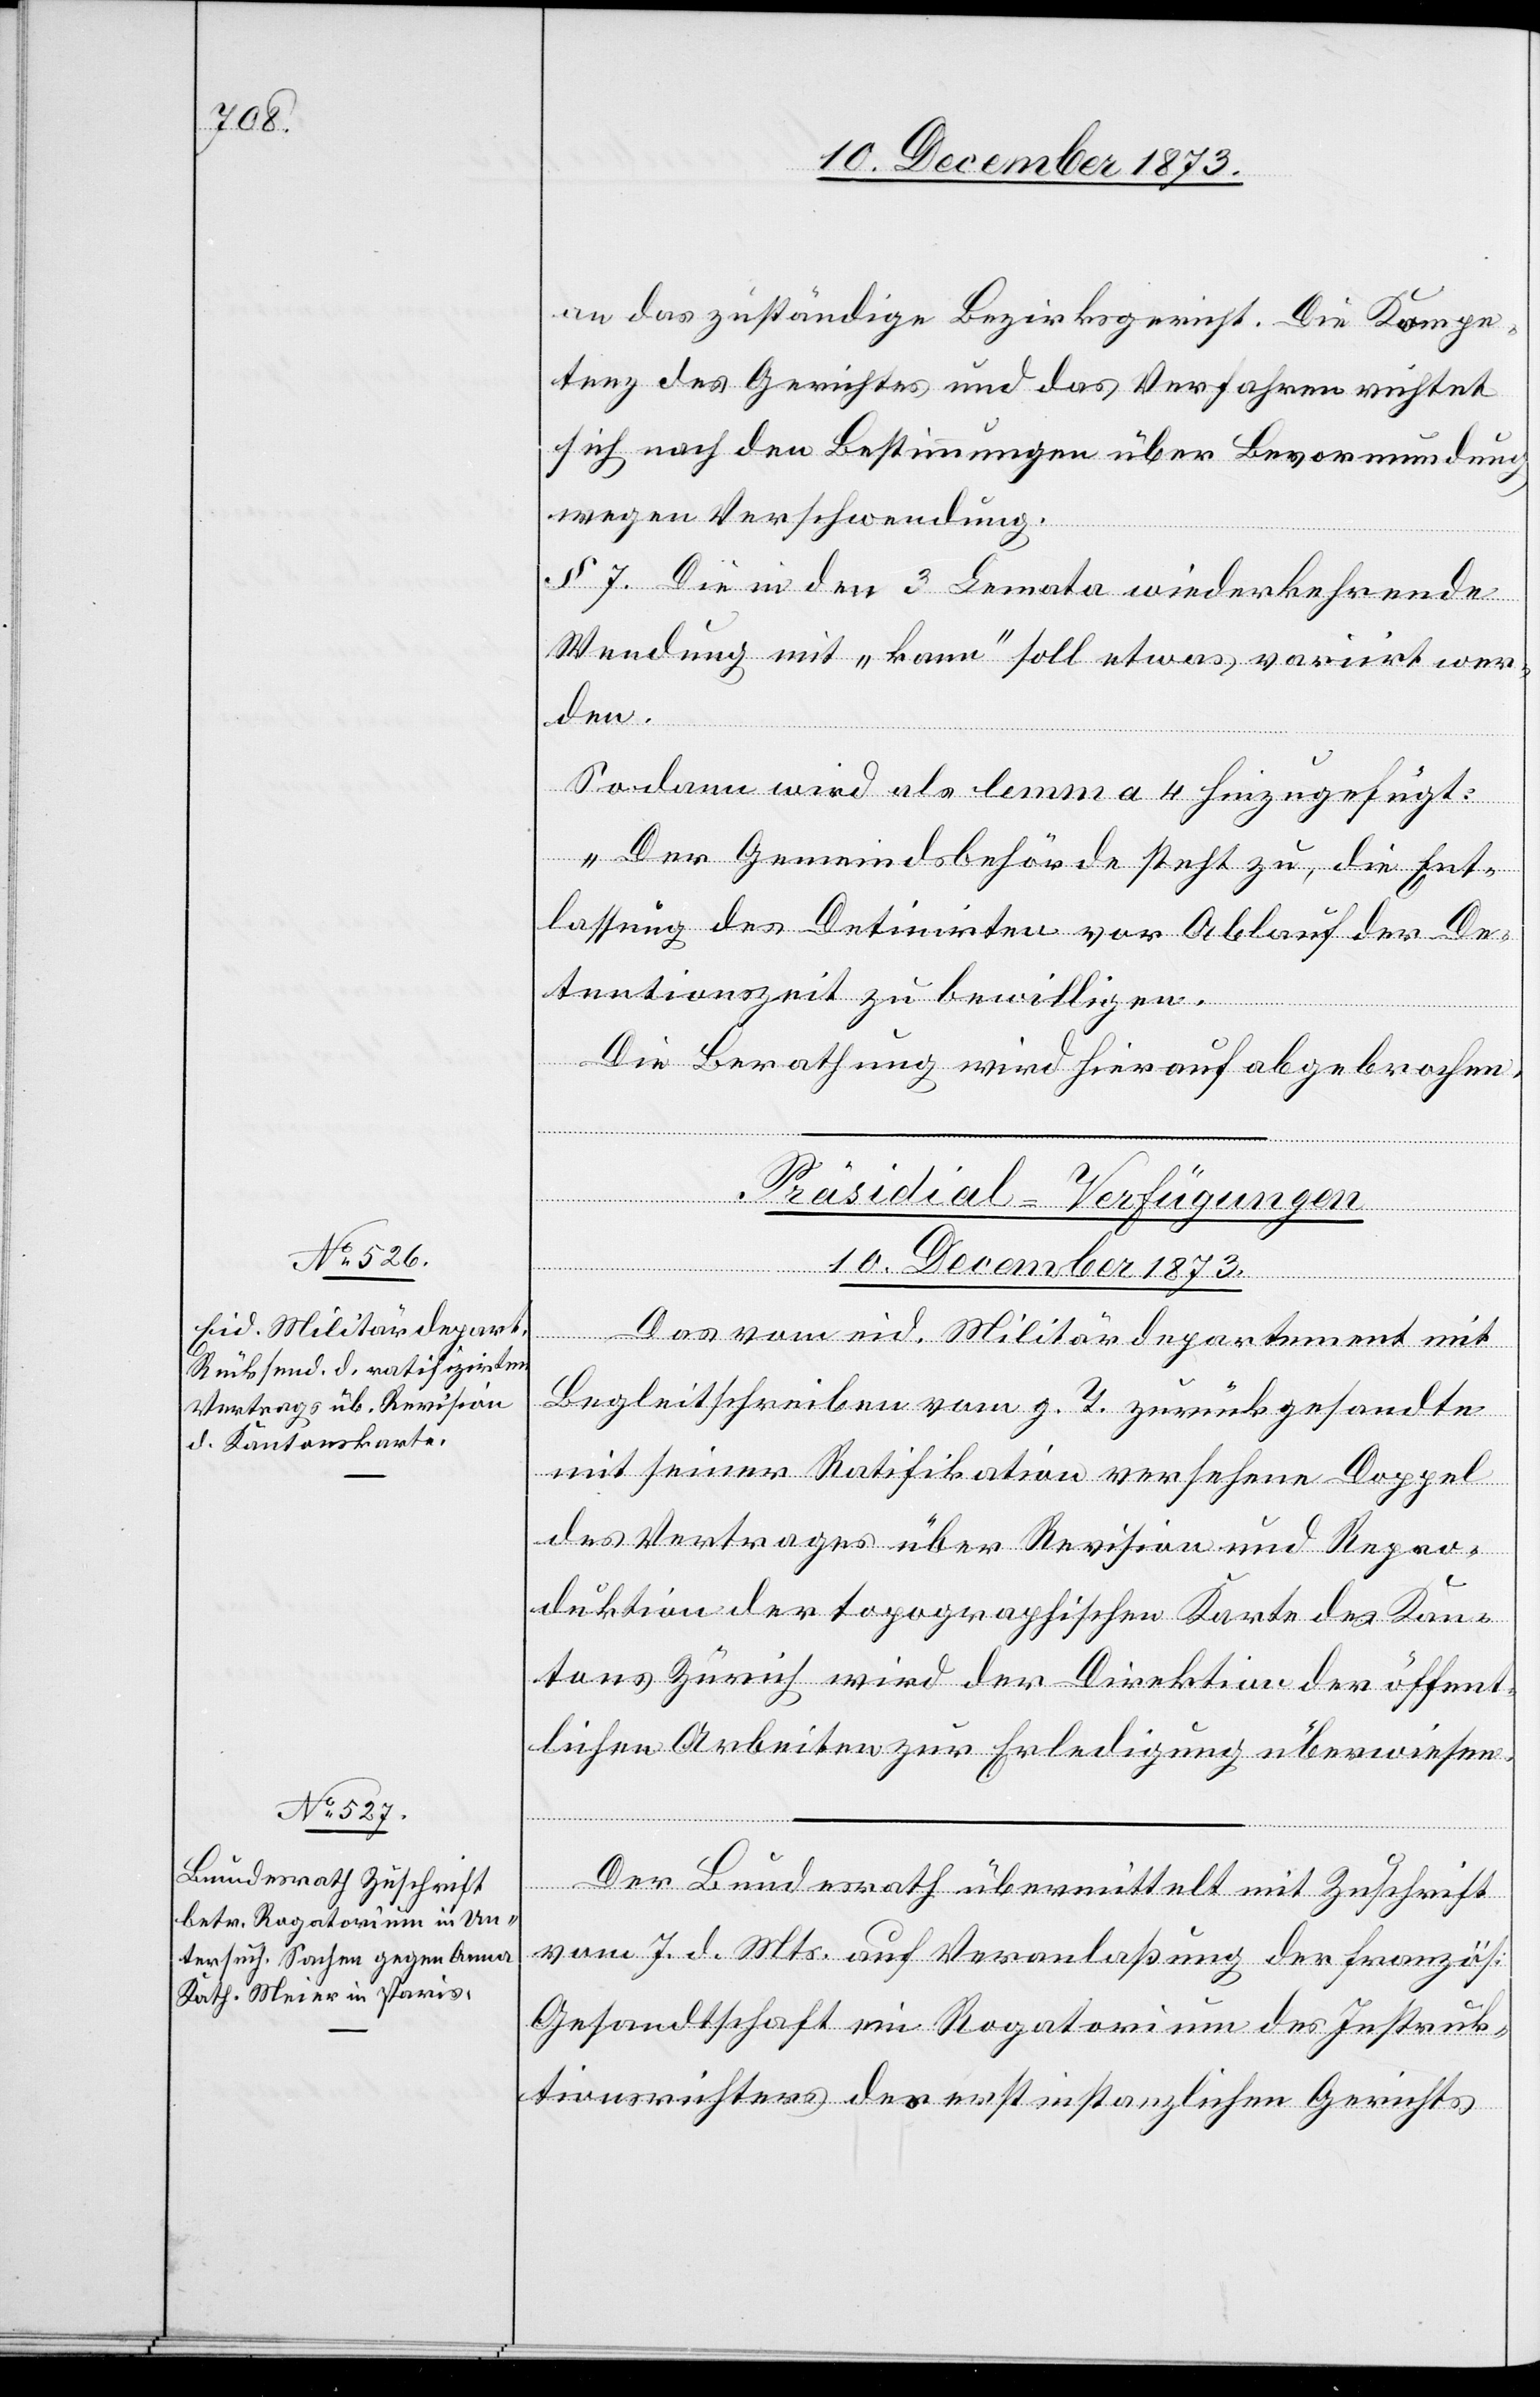
10. December 1873.]
an das zuständige Bezirksgericht. Die Kompe¬
tenz des Gerichtes und das Verfahren richtet
sich nach den Bestimmungen über Bevormundung
wegen Verschwendung.
§ 7. Die in den 3 Lemmata wiederkehrende
Wendung mit „kann“ soll etwas variirt wer¬
den.
Sodann wird als lemma 4 hinzugefügt:
„Der Gemeindsbehörde steht zu, die Ent¬
lassung des Detinirten vor Ablauf der De¬
tentionszeit zu bewilligen.
Die Berathung wird hierauf abgebrochen.
[Präsidial-Verfügungen
Das vom eid. Militärdepartement mit
Begleitschreiben vom g. T. zurückgesandte
mit seiner Ratifikation versehene Doppel
des Vertrages über Revision und Repro¬
duktion der topographischen Karte des Kan¬
tons Zürich wird der Direktion der öffent¬
lichen Arbeiten zur Erledigung überwiesen.
Der Bundesrath übermittelt mit Zuschrift
vom 7. d. Mts. auf Veranlaßung der französ.
Gesandtschaft ein Rogatorium des Instruk¬
tionsrichters des erstinstanzlichen Gerichts